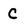
Character: C